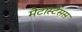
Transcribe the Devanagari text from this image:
मेटास्टेसस